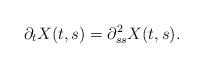
LaTeX: \begin{align*}\partial_t X(t,s)=\partial^2_{ss}X(t,s).\end{align*}